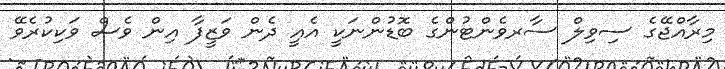
މިރާއްޖޭގެ ސިވިލް ސާރވެންޓުންގެ ބޮޑުންނަކީ އެއީ ދެން ވަޒީފާ އިން ވެސް ވަކިކުރެވޭ